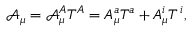
\mathcal { A } _ { \mu } = \mathcal { A } _ { \mu } ^ { A } T ^ { A } = A _ { \mu } ^ { a } T ^ { a } + A _ { \mu } ^ { i } T ^ { \, i } ,